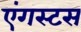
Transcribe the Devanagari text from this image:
एंगस्टस